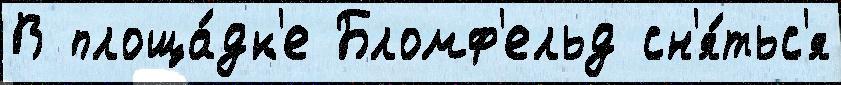
В площа́дк'е Бломф'ельд сн'я́тьс'я